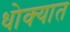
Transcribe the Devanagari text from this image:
धोक्‍यात